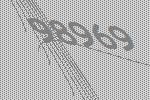
98969